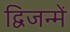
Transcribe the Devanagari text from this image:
द्विजन्में